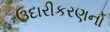
ઉદારીકરણનો